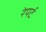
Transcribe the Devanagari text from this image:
रेपर्ट